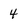
Character: 4